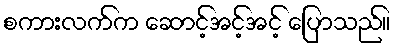
စကားလက်က ဆောင့်အင့်အင့် ပြောသည်။